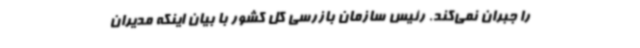
را جبران نمی‌کند. رئیس سازمان بازرسی کل کشور با بیان اینکه مدیران